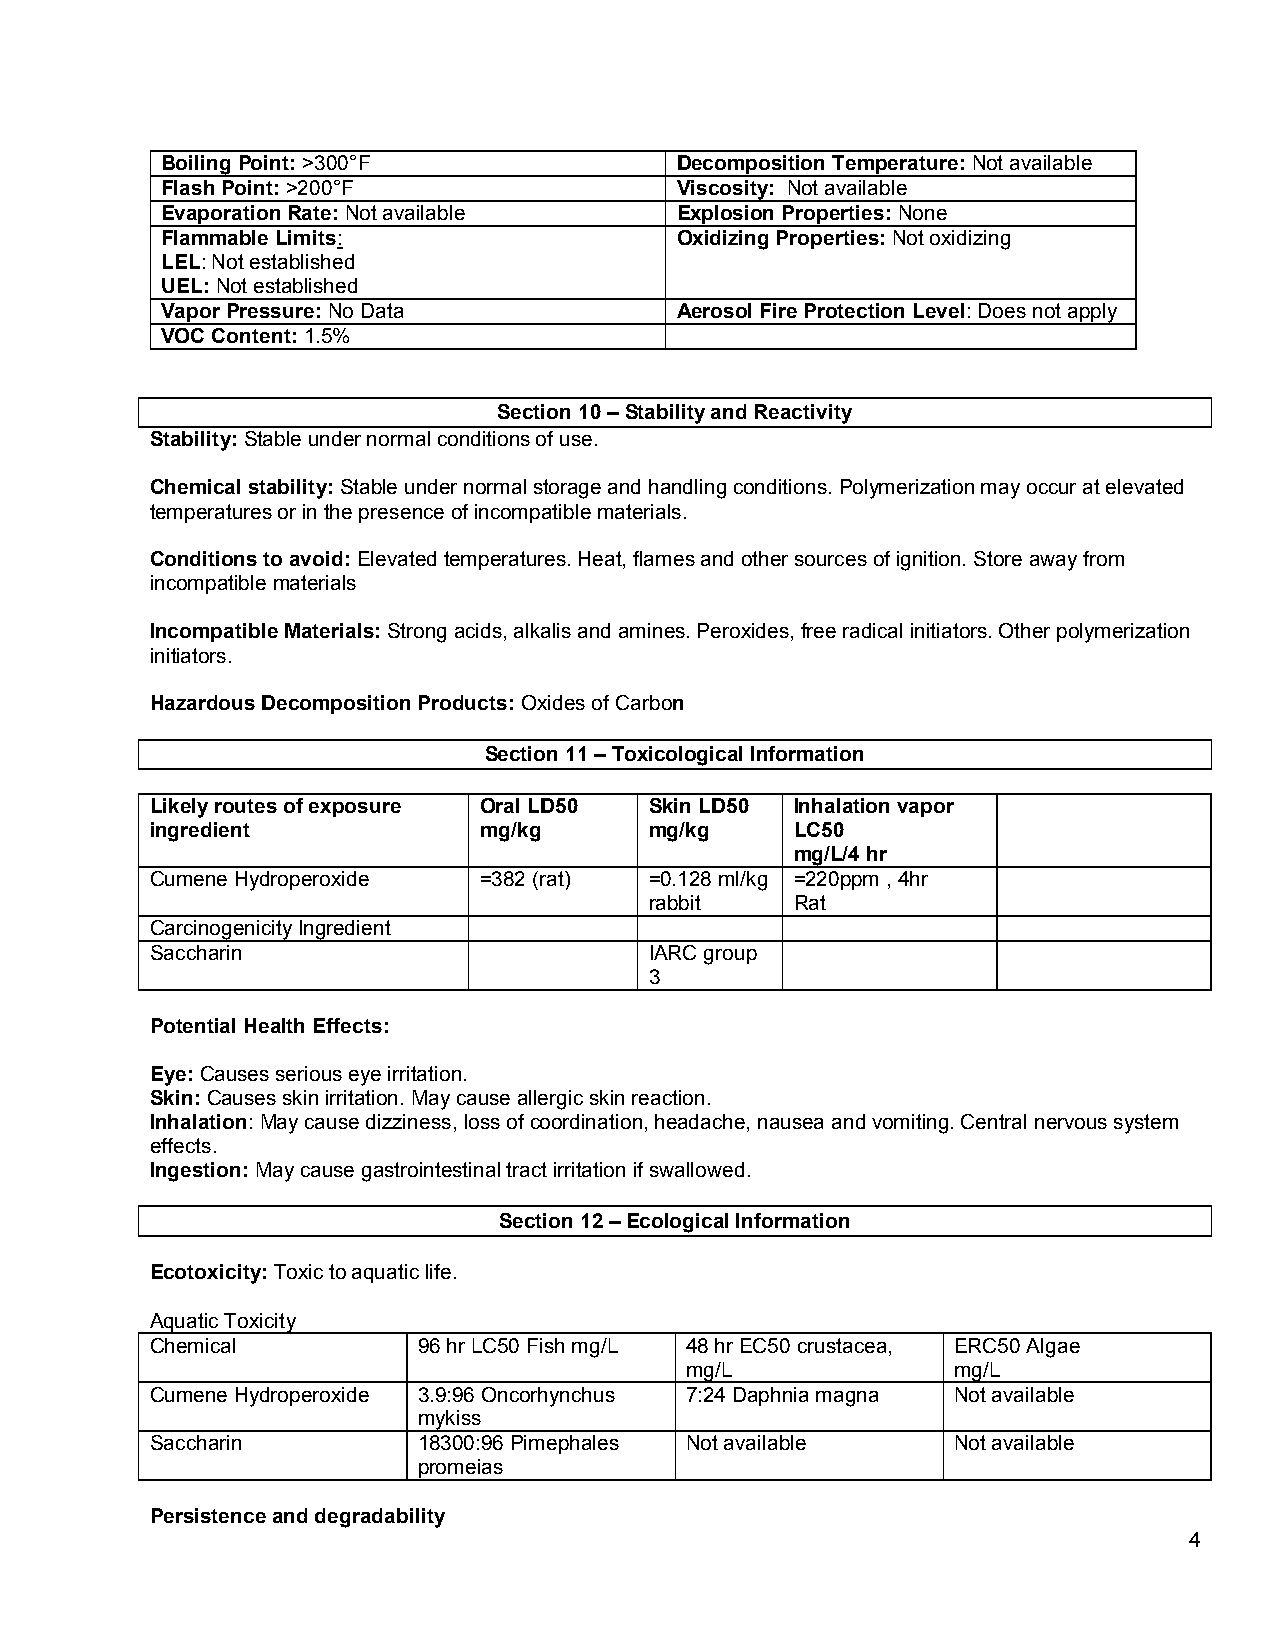
Boiling Point: >300°F             Decomposition Temperature: Not available
 Flash Point: >200°F               Viscosity: Not available
 Evaporation Rate: Not available   Explosion Properties: None
 Flammable Limits:                 Oxidizing Properties: Not oxidizing
 LEL: Not established
 UEL: Not established
 Vapor Pressure: No Data           Aerosol Fire Protection Level: Does not apply
 VOC Content: 1.5%
 Section 10 – Stability and Reactivity
 Stability: Stable under normal conditions of use.
 Chemical stability: Stable under normal storage and handling conditions. Polymerization may occur at elevated
 temperatures or in the presence of incompatible materials.
 Conditions to avoid: Elevated temperatures. Heat, flames and other sources of ignition. Store away from
 incompatible materials
 Incompatible Materials: Strong acids, alkalis and amines. Peroxides, free radical initiators. Other polymerization
 initiators.
 Hazardous Decomposition Products: Oxides of Carbon
 Section 11 – Toxicological Information
 Likely routes of exposure Oral LD50 Skin LD50 Inhalation vapor
 ingredient            mg/kg      mg/kg     LC50
 mg/L/4 hr
 Cumene Hydroperoxide  =382 (rat) =0.128 ml/kg =220ppm , 4hr
 rabbit    Rat
 Carcinogenicity Ingredient
 Saccharin                        IARC group
 3
 Potential Health Effects:
 Eye: Causes serious eye irritation.
 Skin: Causes skin irritation. May cause allergic skin reaction.
 Inhalation: May cause dizziness, loss of coordination, headache, nausea and vomiting. Central nervous system
 effects.
 Ingestion: May cause gastrointestinal tract irritation if swallowed.
 Section 12 – Ecological Information
 Ecotoxicity: Toxic to aquatic life.
 Aquatic Toxicity
 Chemical          96 hr LC50 Fish mg/L 48 hr EC50 crustacea, ERC50 Algae
 mg/L              mg/L
 Cumene Hydroperoxide 3.9:96 Oncorhynchus 7:24 Daphnia magna Not available
 mykiss
 Saccharin         18300:96 Pimephales Not available  Not available
 promeias
 Persistence and degradability
 4